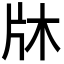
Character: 𭷉